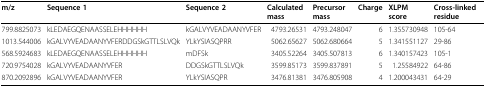
<table><thead><tr><td><b>m/z</b></td><td><b>Sequence 1</b></td><td><b>Sequence 2</b></td><td><b>Calculated mass</b></td><td><b>Precursor mass</b></td><td><b>Charge</b></td><td><b>XLPM score</b></td><td><b>Cross-linked residue</b></td></tr></thead><tbody><tr><td>799.8825073</td><td>kLEDAEGQENAASSELEHHHHHH</td><td>kGALVYVEADAANYVFER</td><td>4793.26531</td><td>4793.248047</td><td>6</td><td>1.355730948</td><td>105-64</td></tr><tr><td>1013.544006</td><td>kGALVYVEADAANYVFERDDGSkGTTLSLVQk</td><td>YLkYSIASQPRR</td><td>5062.65627</td><td>5062.680664</td><td>5</td><td>1.341551127</td><td>29-86</td></tr><tr><td>568.5924683</td><td>kLEDAEGQENAASSELEHHHHHH</td><td>mDFSk</td><td>3405.52264</td><td>3405.507813</td><td>6</td><td>1.340157423</td><td>105-1</td></tr><tr><td>720.9754028</td><td>kGALVYVEADAANYVFER</td><td>DDGSkGTTLSLVQk</td><td>3599.85173</td><td>3599.837891</td><td>5</td><td>1.25584922</td><td>64-86</td></tr><tr><td>870.2092896</td><td>kGALVYVEADAANYVFER</td><td>YLkYSIASQPR</td><td>3476.81381</td><td>3476.805908</td><td>4</td><td>1.200043431</td><td>64-29</td></tr></tbody></table>